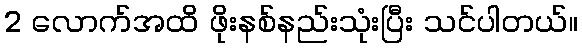
2 လောက်အထိ ဖိုးနစ်နည်းသုံးပြီး သင်ပါတယ်။